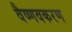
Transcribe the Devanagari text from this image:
वैष्णवकरण